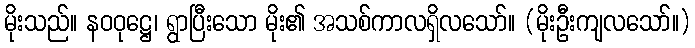
မိုးသည်။ နဝဝုဋ္ဌေ၊ ရွာပြီးသော မိုး၏ အသစ်ကာလရှိလသော်။ (မိုးဦးကျလသော်။)